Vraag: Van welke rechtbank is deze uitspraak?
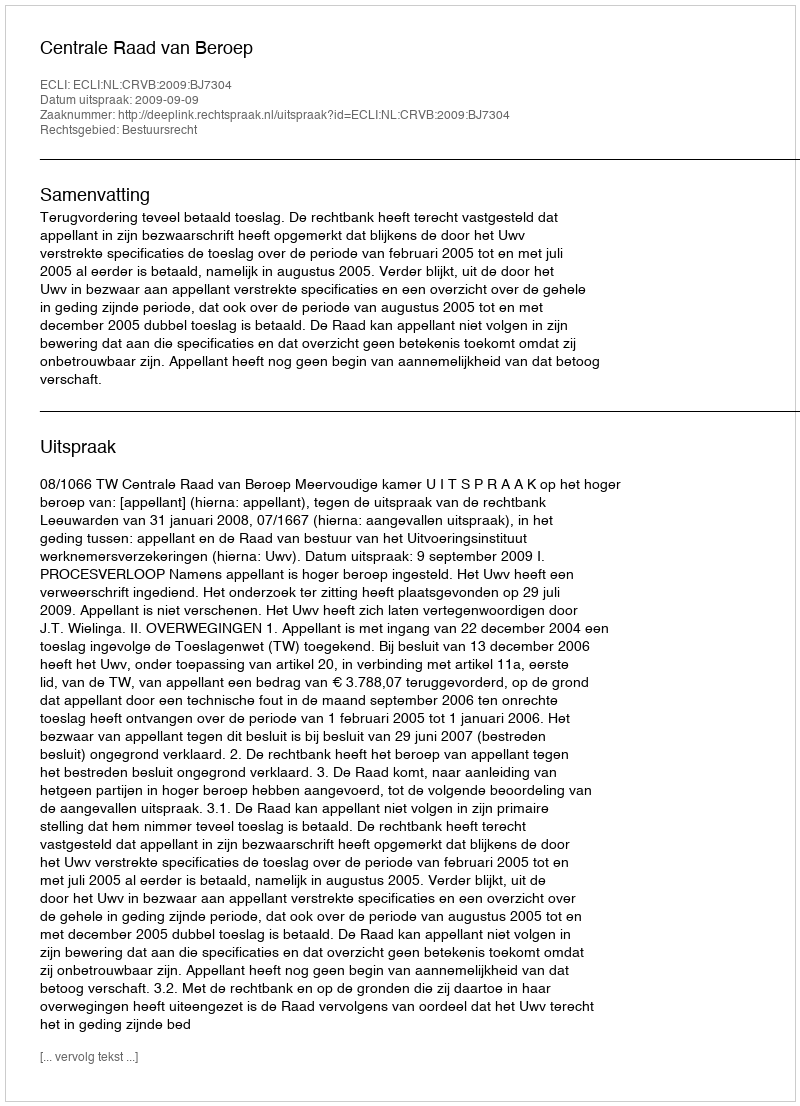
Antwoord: Centrale Raad van Beroep